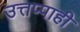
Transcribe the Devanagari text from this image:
उत्तप्पाही